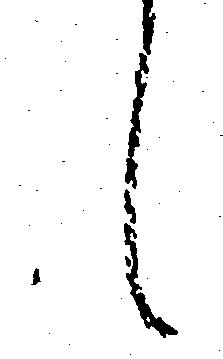
候